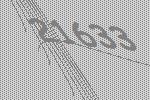
21633